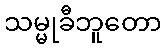
သမ္မုခီဘူတော